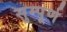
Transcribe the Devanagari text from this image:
सुम्पूर्ण